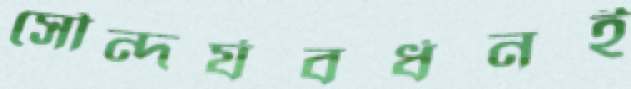
সৌন্দর্যবর্ধনই